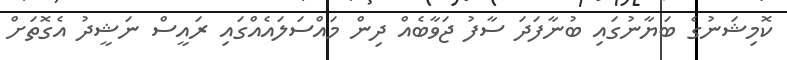
ކޮމިޝަނުގެ ބަޔާނުގައި ބުނާފަދަ ސާފު ޖަވާބެއް ދިން މައްސަލައެއްގައި ރައީސް ނަޝީދު އެގޮތަށް